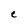
Character: e